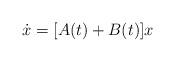
LaTeX: \begin{align*}\dot{x} = [A(t) + B(t)]x\end{align*}